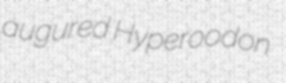
augured Hyperoodon